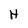
Character: H